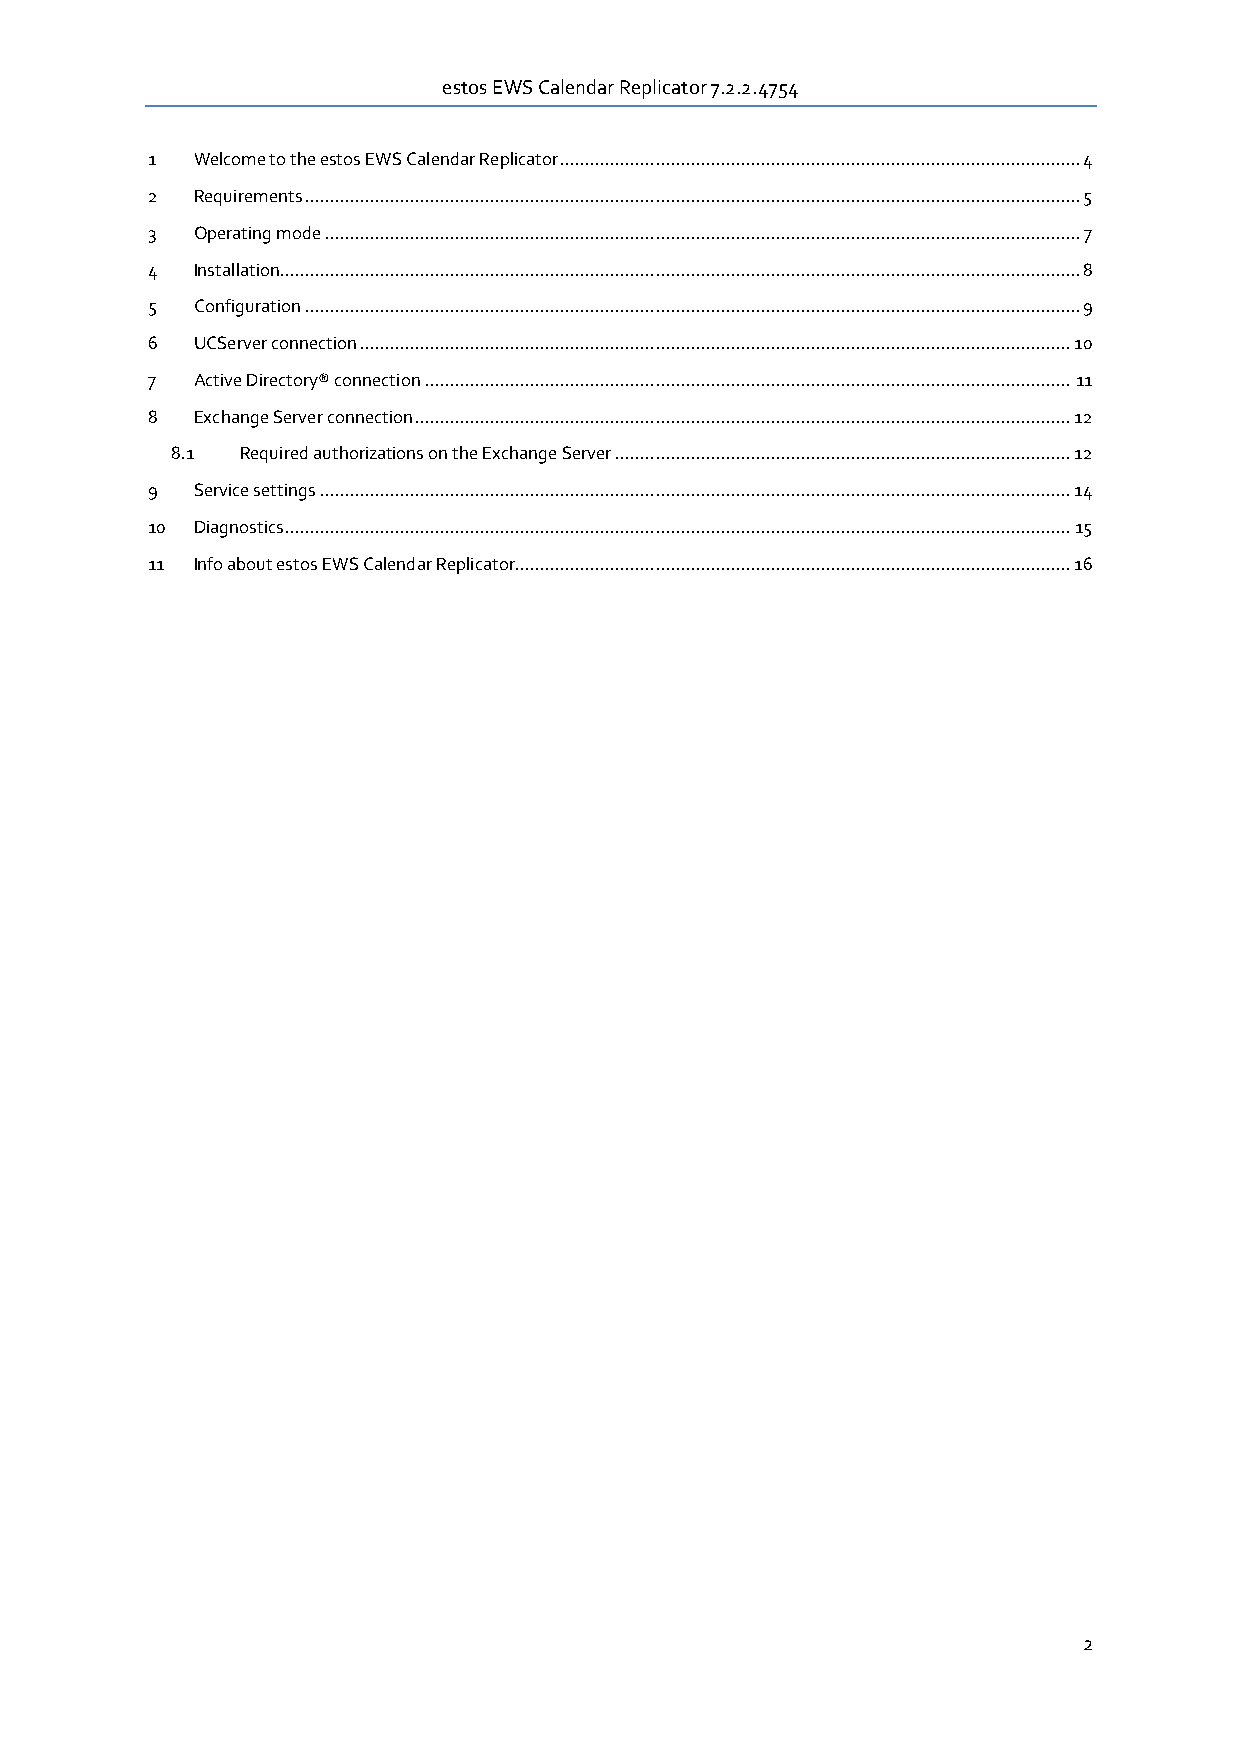
estos EWS Calendar Replicator 7.2.2.4754
 1  Welcome to the estos EWS Calendar Replicator ........................................................................................................ 4
 2  Requirements ........................................................................................................................................................... 5
 3  Operating mode ....................................................................................................................................................... 7
 4  Installation................................................................................................................................................................ 8
 5  Configuration ........................................................................................................................................................... 9
 6  UCServer connection .............................................................................................................................................. 10
 7  Active Directory® connection ................................................................................................................................. 11
 8  Exchange Server connection ................................................................................................................................... 12
 8.1  Required authorizations on the Exchange Server ........................................................................................... 12
 9  Service settings ...................................................................................................................................................... 14
 10 Diagnostics ............................................................................................................................................................. 15
 11 Info about estos EWS Calendar Replicator............................................................................................................... 16
 2